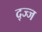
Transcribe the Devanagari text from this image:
द्ज्ज